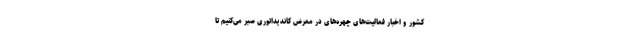
کشور و اخبار فعالیت‌های چهره‌های در معرض کاندیداتوری صبر می‌کنیم تا